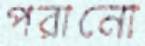
পরানো